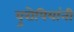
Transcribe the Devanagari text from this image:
युरोपियांनी